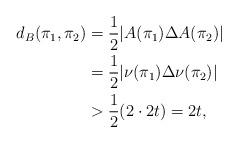
LaTeX: \begin{align*}d_B(\pi_1,\pi_2)&=\frac{1}{2}\lvert A(\pi_1)\Delta A(\pi_2)\rvert\\&=\frac{1}{2}\lvert \nu(\pi_1)\Delta \nu(\pi_2) \rvert\\&>\frac{1}{2}(2\cdot 2t)=2t,\end{align*}